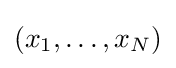
(x_{1},\ldots ,x_{N})